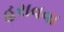
હરાવવા